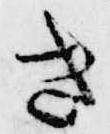
き